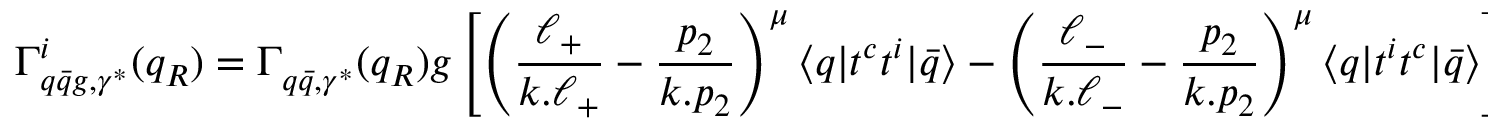
\Gamma _ { q \bar { q } g , \gamma ^ { * } } ^ { i } ( q _ { R } ) = \Gamma _ { q \bar { q } , \gamma ^ { * } } ^ { } ( q _ { R } ) g \left[ \left( \frac { \ell _ { + } } { k . \ell _ { + } } - \frac { p _ { 2 } } { k . p _ { 2 } } \right) ^ { \mu } \langle q | t ^ { c } t ^ { i } | \bar { q } \rangle - \left( \frac { \ell _ { - } } { k . \ell _ { - } } - \frac { p _ { 2 } } { k . p _ { 2 } } \right) ^ { \mu } \langle q | t ^ { i } t ^ { c } | \bar { q } \rangle \right] e _ { \mu } ^ { * } .